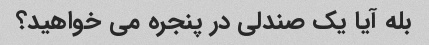
بله آیا یک صندلی در پنجره می خواهید؟